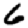
Digit: 6